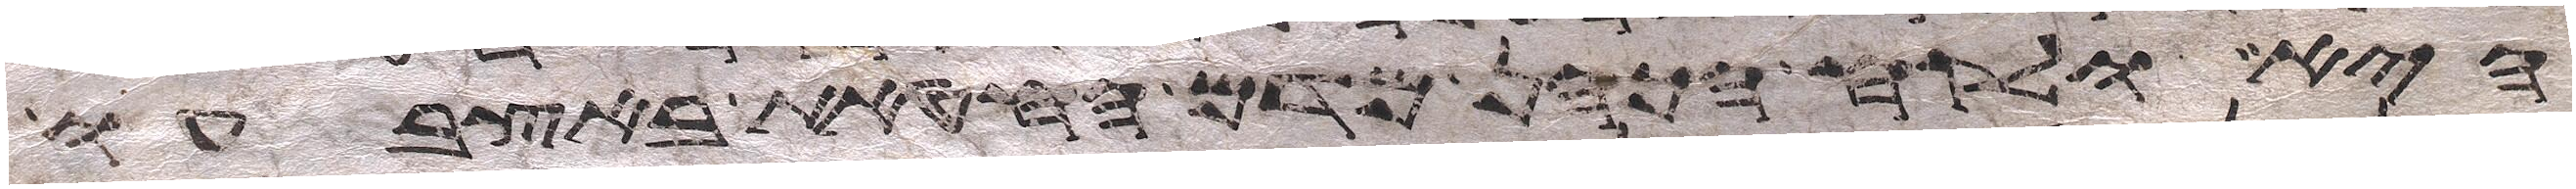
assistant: היא ולקח הכהן מדם החטאת באצבעו